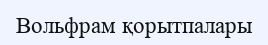
Вольфрам қорытпалары